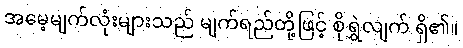
အမေ့မျက်လုံးများသည် မျက်ရည်တို့ဖြင့် စိုရွှဲလျက် ရှိ၏။